Civil Veterinary Department. United Provinces 1932-42 - 1932-1942
Year: 1932
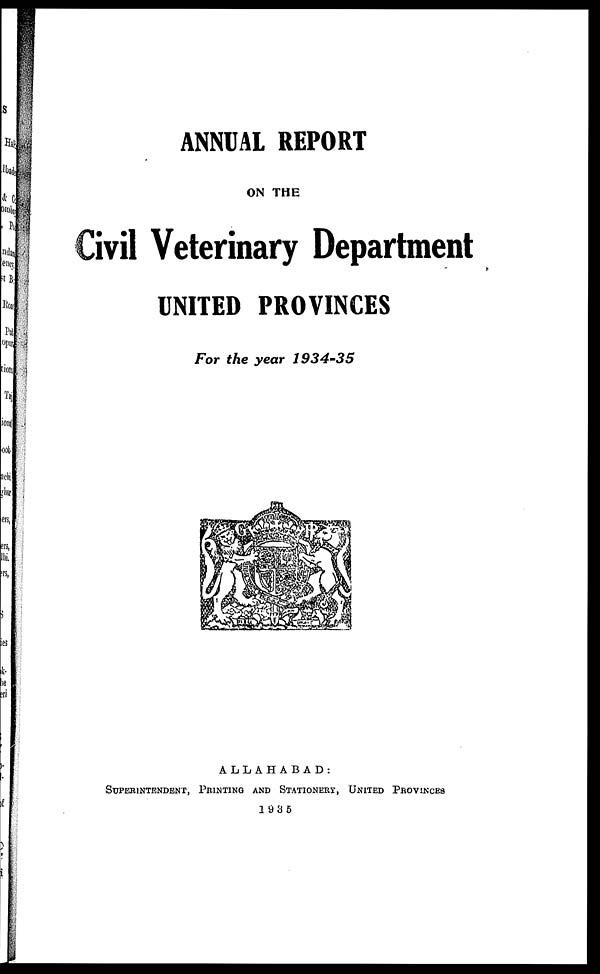
ANNUAL REPORT
ON THE
Civil Veterinary Department
UNITED PROVINCES
For the year 1934-35
ALLAHABAD:
SUPERINTENDENT, PRINTING AND STATIONERY, UNITED PROVINCES
1935